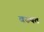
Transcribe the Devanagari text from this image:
वरुपत